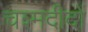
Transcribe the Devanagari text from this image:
चश्मदीदों